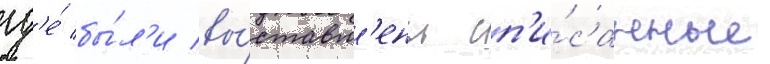
гд'е́ бы́л'и вы́ставл'ены сп'и́санные